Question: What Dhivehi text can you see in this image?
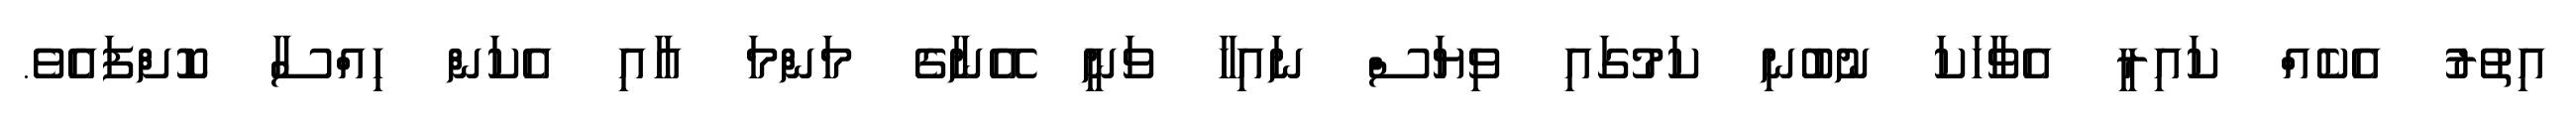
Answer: އިތުރު އެކެއް ކައިރީ އެވާހަކަ ނުބުނި ކަމުގައި ވިޔަސް ނައިހާ ވަނީ އޭނާގެ މަންމަ އާއި އެކަން ހިއްސާ ކޮށްފައެވެ.